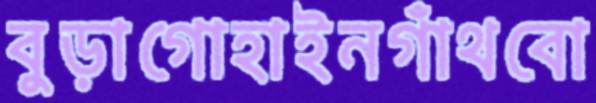
বুড়াগোহাইনগাঁথবো